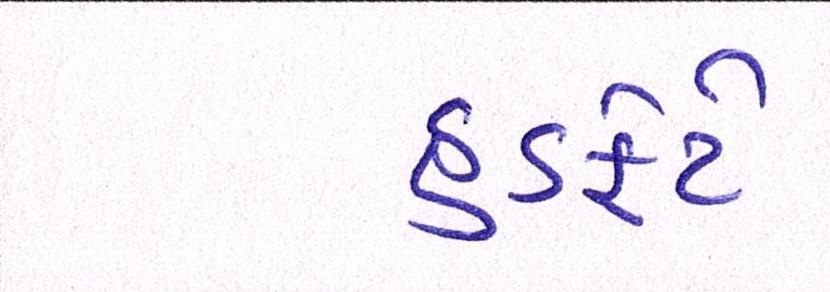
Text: હડફેટે